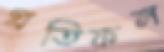
প্রতিফল